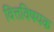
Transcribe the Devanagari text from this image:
वित्तविषयक